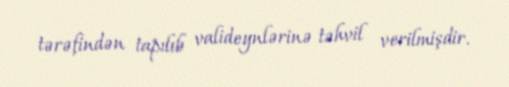
tərəfindən tapılıb valideynlərinə təhvil verilmişdir.